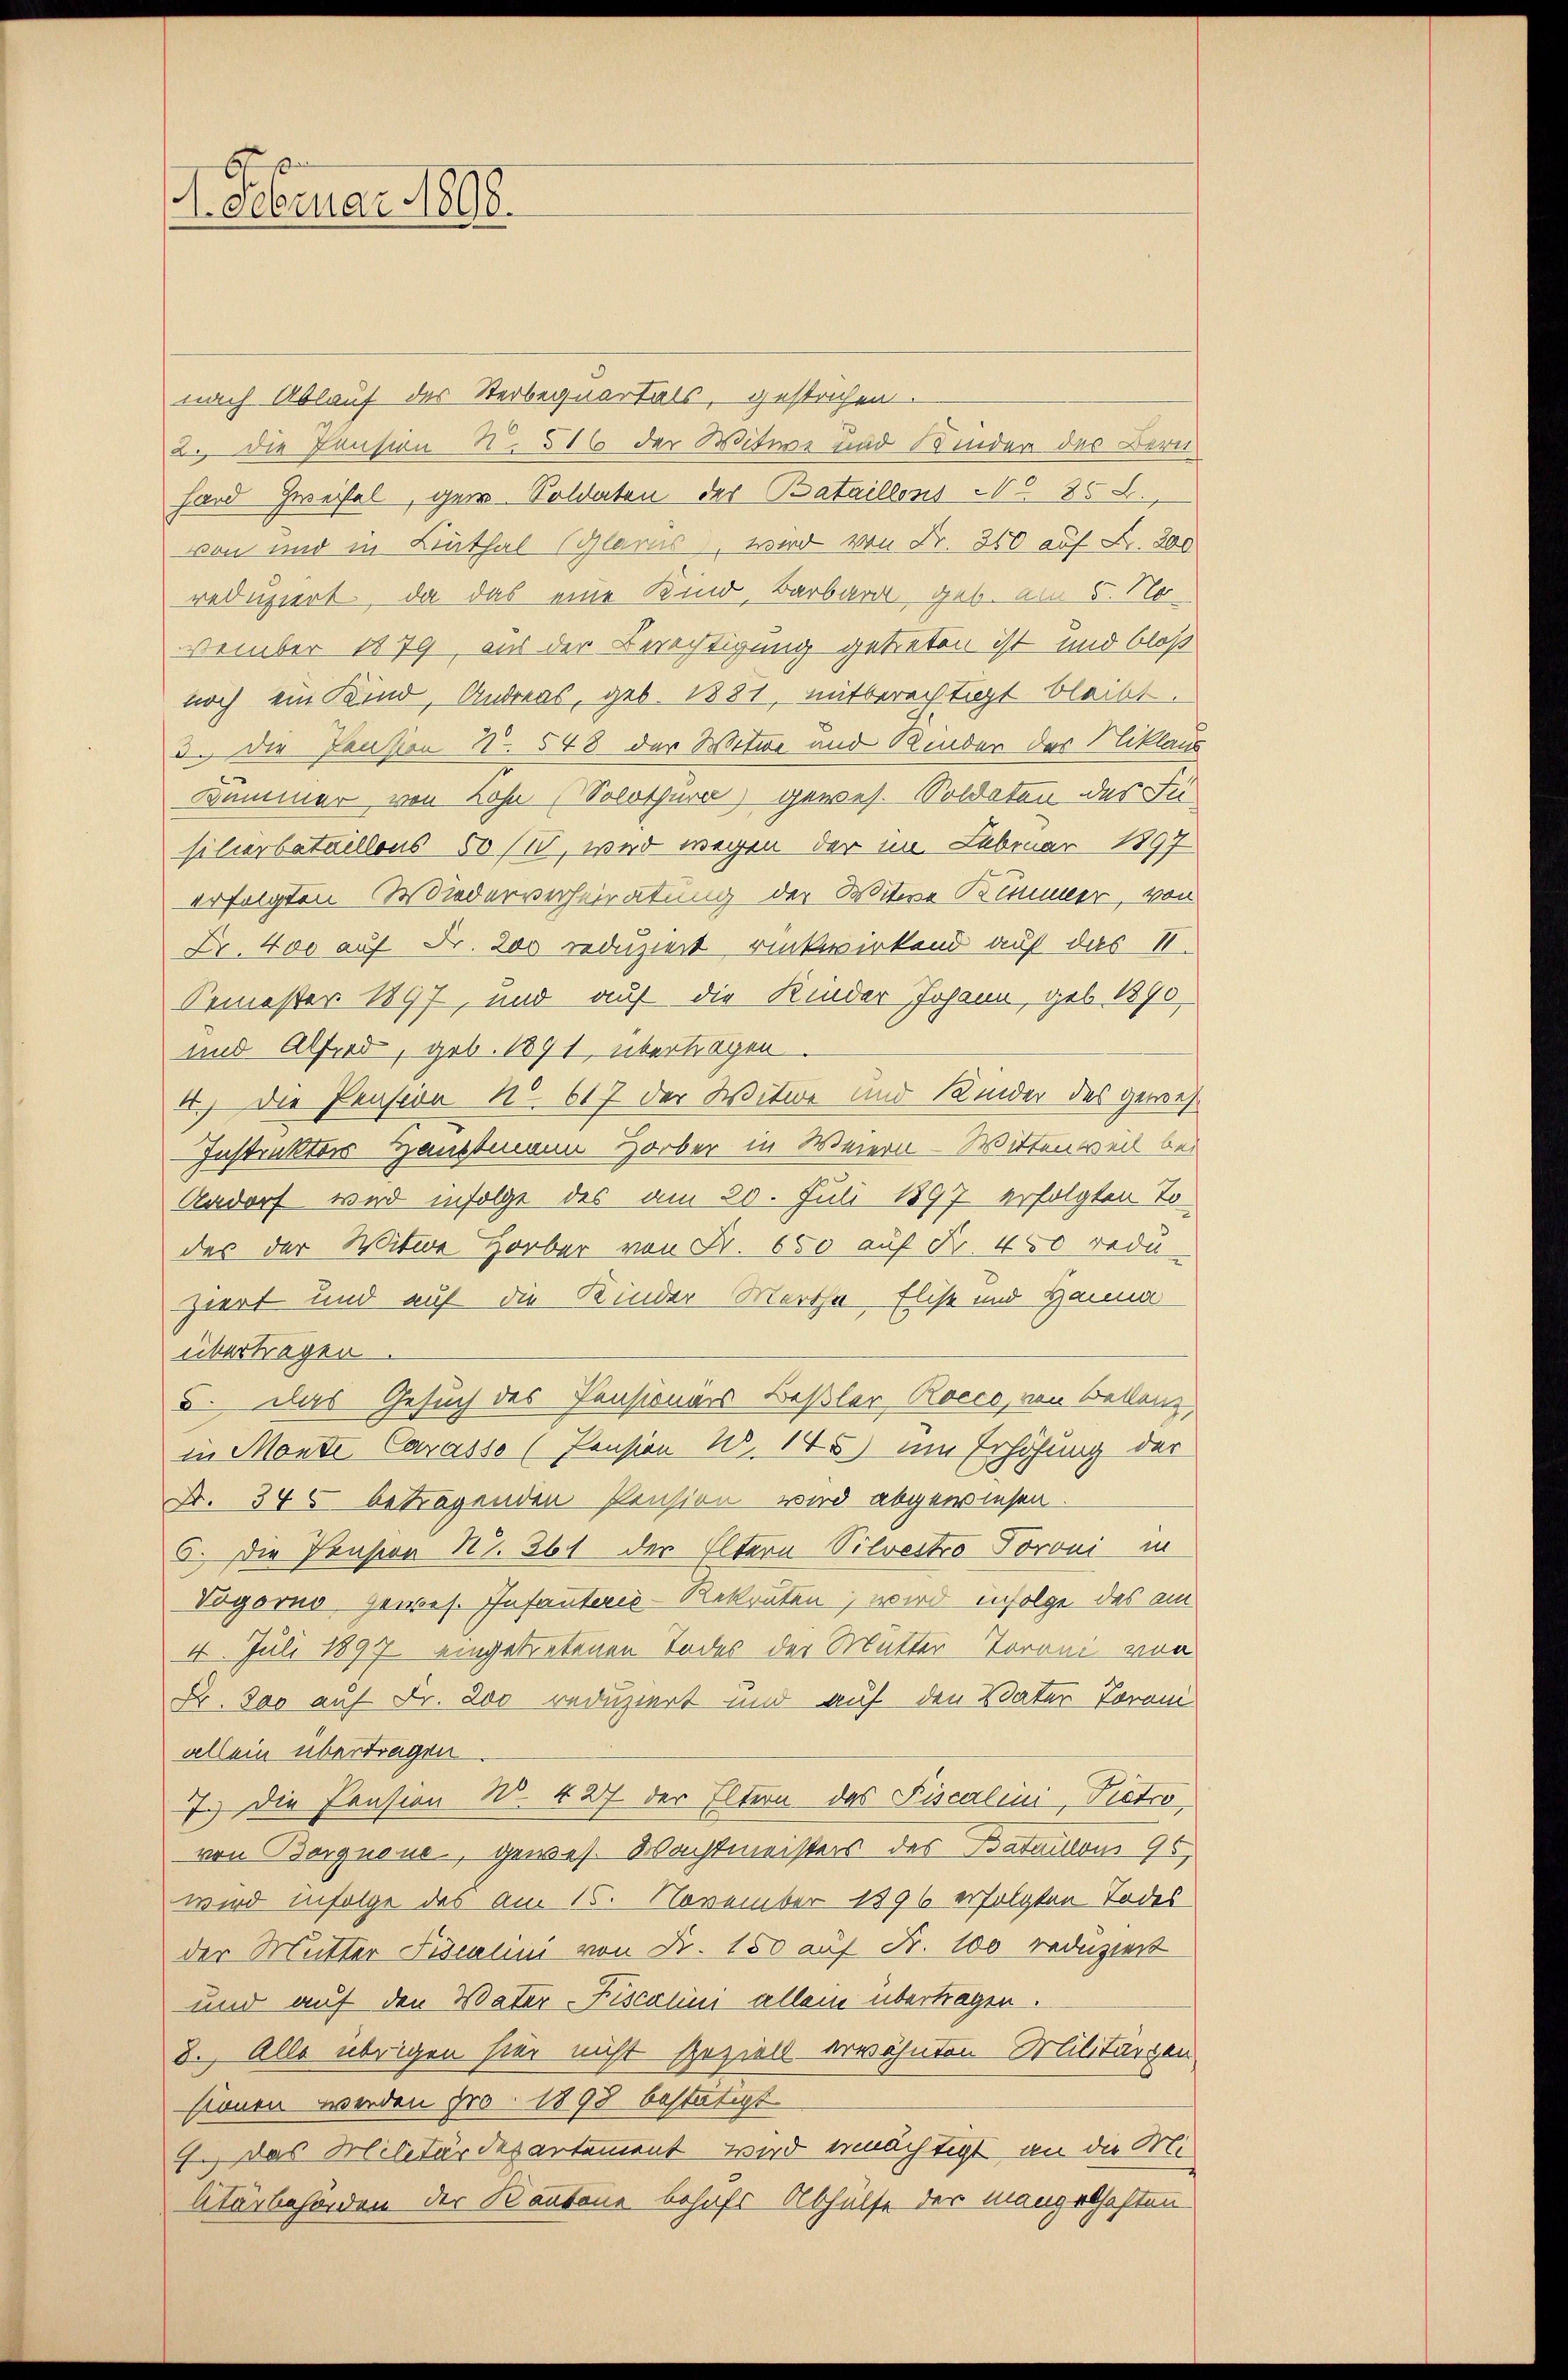
4. Februar 1808.

nach Ablauf des Sterbequartals, gestrichen.
2. die Pension N. 516 der Witwe und Kinder des Bern
hard Zweifel, ger-Soldaten des Bataillons No 85 L.
von und in Linthal (Glarus, wird von Fr. 350 auf Fr. 800
reduziert, da das eine Kind, Barbard, geb. am 5. No
vember 1879, aus der Berechtigung getreten ist und bloß
noch ein Kind, Andreas, geb. 1881, mitberechtigt bleibt.
3. Die Pension N. 548 der Witwe und Kinder des Niklaus
Kummer von Lohn (Solothurn) gewes. Soldaten des Jusilierbataillons 50/1, wird wegen der im Februar 1897
erfolgten Wiederverheiratung der Witwe Kummer, von
Fr. 400 auf Fr. 200 reduziert rükwirkend auf das 1.
Pemester 1897, und auf die Kinder Johann, geb. 1890
und Alfred, geb. 1891 übertragen.
4.) Die Pension No. 617 der Witwe und Kinder des gewes¬
Instruktors Hauptmann Horber in Weiern - Wittenweil bei
Aadorf wird infolge des am 20. Juli 1897 erfolgten To
des der Witwe Horber von Fr. 650 auf Fr. 450 redu
ziert und auf die Kinder Martha Elist und Hanna
übertragen.
5. Das Gesuch des Censionärs Beßler Rocco, von Bekanz
in Monte Carasso (Pension W. 145) um Erhöhung der
Nr. 345 betragenden Pension wird abgewiesen.
5. Die Pension Nr. 361 der Eltern Vilvertro Poroni in
Vogorno gewes. Infanterie-Rekruten, wird infolge das am
4. Juli 1897 eingetretenen Todes der Mutter-Toroni von
Fr. Jao auf Fr. 200 reduziert und auf den Vater Toram.
allein übertragen
7.) Die Cension W. 427 der Eltern des Fiscalini, Pietro
von Borgnone, gewes. Wachtmeisters des Bataillons 96
wird infolge des am 15. November 1896 erfolgten Todes
der Mutter Fiscalini von Fr. 150 auf Fr. 100 reduziert
und auf den Vater-Fiscalini allein übertragen.
8. Alle übrigen hier nicht speziell erwähnten Militärgen
sinnen werden pro 1898 bestätigt
4.) Das Militärdepartement wird ermächtigt an die Militärbehörden der Kantone behufs Abhülfe der mangelhaften